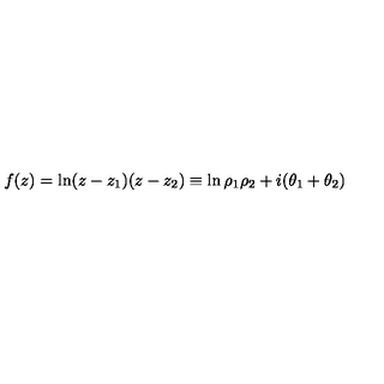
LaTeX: f ( z ) = \ln ( z - z _ { 1 } ) ( z - z _ { 2 } ) \equiv \ln \rho _ { 1 } \rho _ { 2 } + i ( \theta _ { 1 } + \theta _ { 2 } )